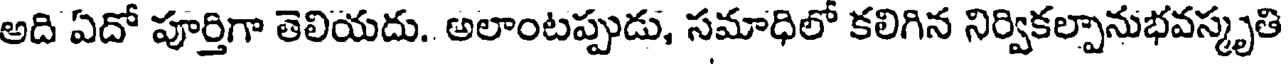
అది ఏదో పూర్తిగా తెలియదు. అలాంటప్పుడు, సమాధిలో కలిగిన నిర్వికల్పానుభవస్కృతి